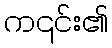
က၎င်း၏